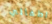
اطفالي